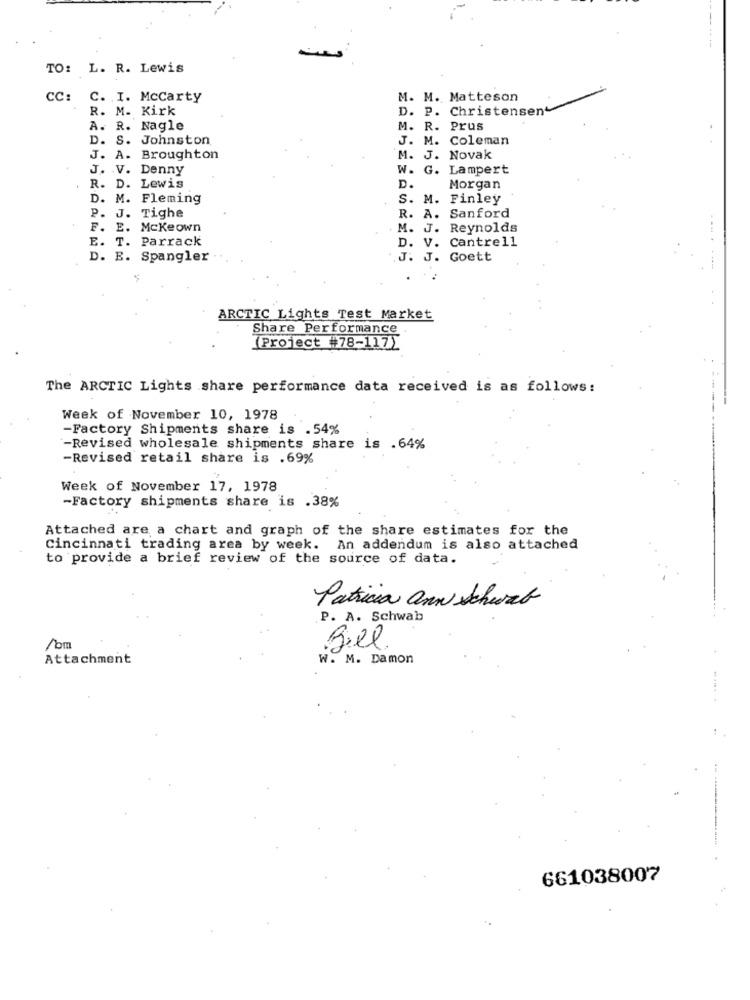
TO: L. R. Lewis
CC: C. I. Mccarty
M. M. Matteson
R. M. Kirk
D. P. Christensen
A. R. Nagle
M. R. Prus
D. S. Johnston
J. M. Coleman
J. A. Broughton
M. J. Novak
J. V. Denny
W. G. Lampert
R. D. Lewis
D.
Morgan
D. M. Fleming
S. M. Finley
P. J. Tighe
R. A. Sanford
F. E. Mckeown
M. J. Reynolds
E. T. Parrack
D. V. Cantrell
D. E. Spangler
J. J. Goett
ARCTIC Lights Test Market
Share Performance
(Project #78-117)
The ARCTIC Lights share performance data received is as follows:
Week of November 10, 1978
-Factory Shipments share is .54%
-Revised wholesale shipments share is .64%
-Revised retail share is .69%
Week of November 17, 1978
-Factory shipments share is .38%
Attached are a chart and graph of the share estimates for the
Cincinnati trading area by week. An addendum is also attached
to provide a brief review of the source of data.
Patricia ann Schwab
P. A. Schwab
Pom
Bill
Attachment
W. M. Damon
661038007